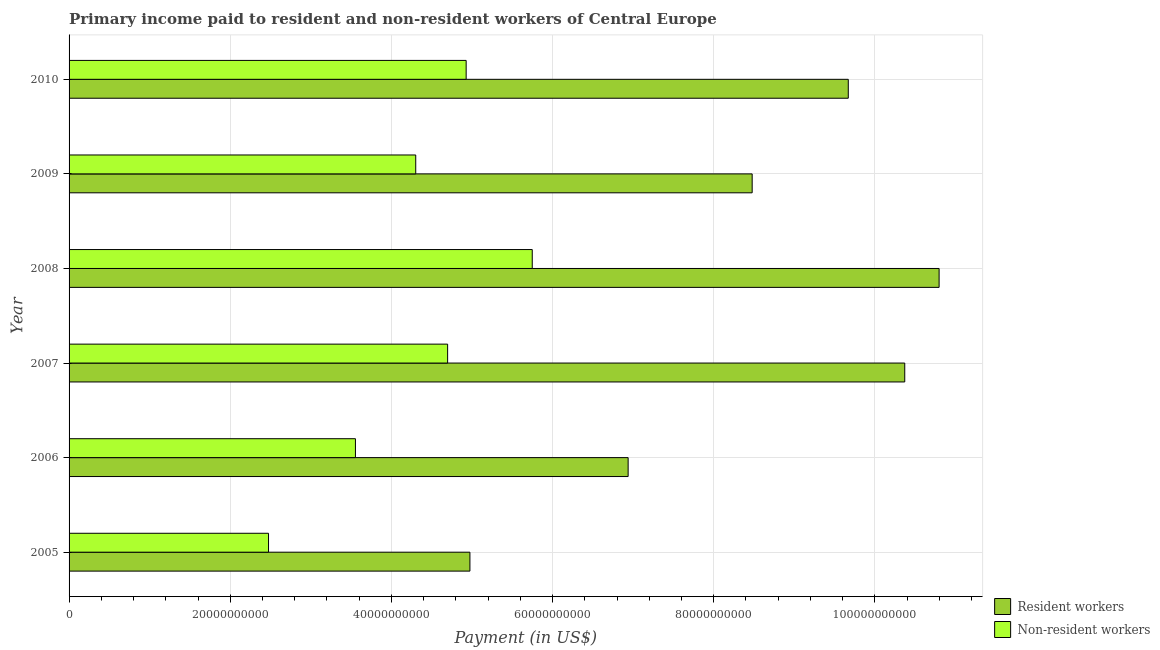
| Year | Resident workers | Non-resident workers |
 | --- | --- | --- |
 | 2005 | 4.97e+10 | 2.48e+10 |
 | 2006 | 6.94e+10 | 3.55e+10 |
 | 2007 | 1.04e+11 | 4.7e+10 |
 | 2008 | 1.08e+11 | 5.75e+10 |
 | 2009 | 8.48e+10 | 4.3e+10 |
 | 2010 | 9.67e+10 | 4.93e+10 |